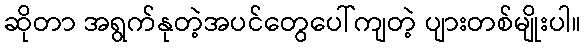
ဆိုတာ အရွက်နုတဲ့အပင်တွေပေါ်ကျတဲ့ ပျားတစ်မျိုးပါ။